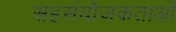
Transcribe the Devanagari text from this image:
सहसंयोजकताओं